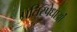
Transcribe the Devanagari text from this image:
प्रतिस्पेधाओं